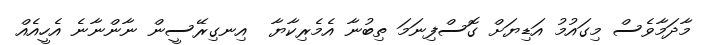
މާދަމާވެސް މިގައުމު އަޑިޔަށް ގޮސްފިނަމަ ތިބުނާ އެމެރިކާޔާ  އިނގިރޭސީން ނާންނާނެ އެހީއެއް